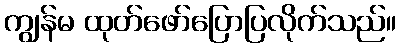
ကျွန်မ ထုတ်ဖော်ပြောပြလိုက်သည်။